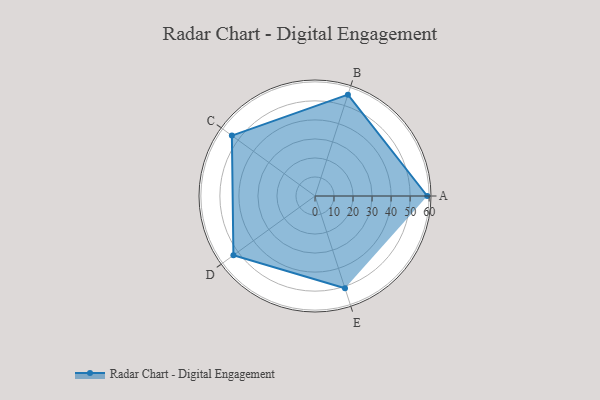
{"axis": {"x": "Skill", "y": "Score"}, "legend": ["Profile"], "data": [{"x": "A", "y": 59.0, "type": "Profile"}, {"x": "B", "y": 56.0, "type": "Profile"}, {"x": "C", "y": 54.0, "type": "Profile"}, {"x": "D", "y": 53.0, "type": "Profile"}, {"x": "E", "y": 51.0, "type": "Profile"}]}